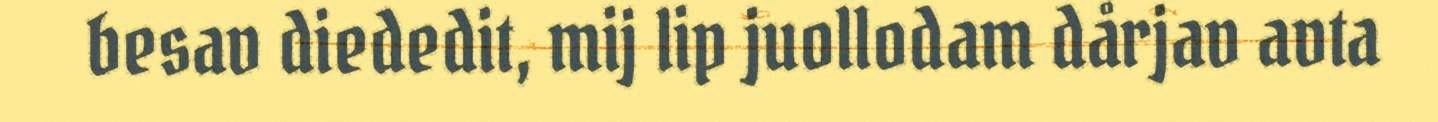
besav diededit, mij lip juollodam dårjav avta